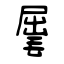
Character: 𣮈